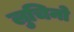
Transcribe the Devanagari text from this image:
लुचिनो